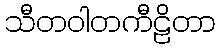
သီတဝါတကီဠိတာ